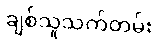
ချစ်သူသက်တမ်း